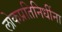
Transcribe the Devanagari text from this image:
लोकप्रतिनिधींना